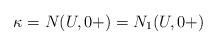
LaTeX: \begin{align*}\kappa = N(U,0+) = N_1(U,0+)\end{align*}